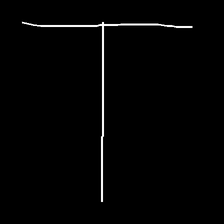
Glyph: column